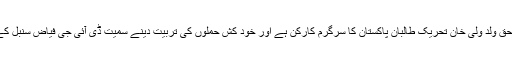
آئی ایس پی آر نے سزائے موت پانے والے دہشت گردوں کی تفصیل جاری کرتے ہوئے بتایا کہ ضیاالحق ولد ولی خان تحریک طالبان پاکستان کا سرگرم کارکن ہے اور خود کش حملوں کی تربیت دینے سمیت ڈی آئی جی فیاض سنبل کے قتل میں بھی ملوث ہے جب کہ اسے 12 مختلف الزامات ثابت ہونے پر پھانسی کی سزا دی گئی ہے۔